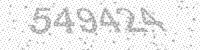
Solution: 549424